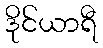
ဒိုင်ယာရီ